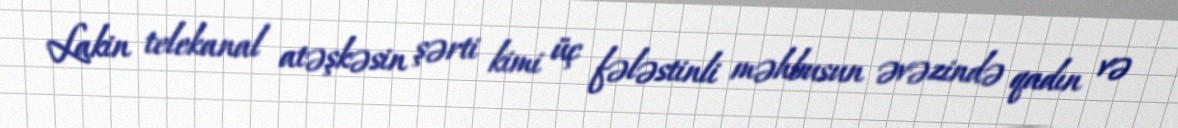
Lakin telekanal atəşkəsin şərti kimi üç fələstinli məhbusun əvəzində qadın və